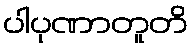
ပါပုဏာတူတိ